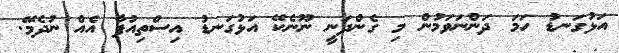
އަޅުގަނޑު ހަމަ ދަންނަވަމުން މި ގެންދަނީ ނޫނެކޭ އަޅުގަނޑު އިސްތިއުފާ އެއް ނުދެމޭ.